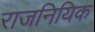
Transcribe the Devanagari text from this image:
राजनियिक